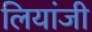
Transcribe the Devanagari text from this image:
लियांजी